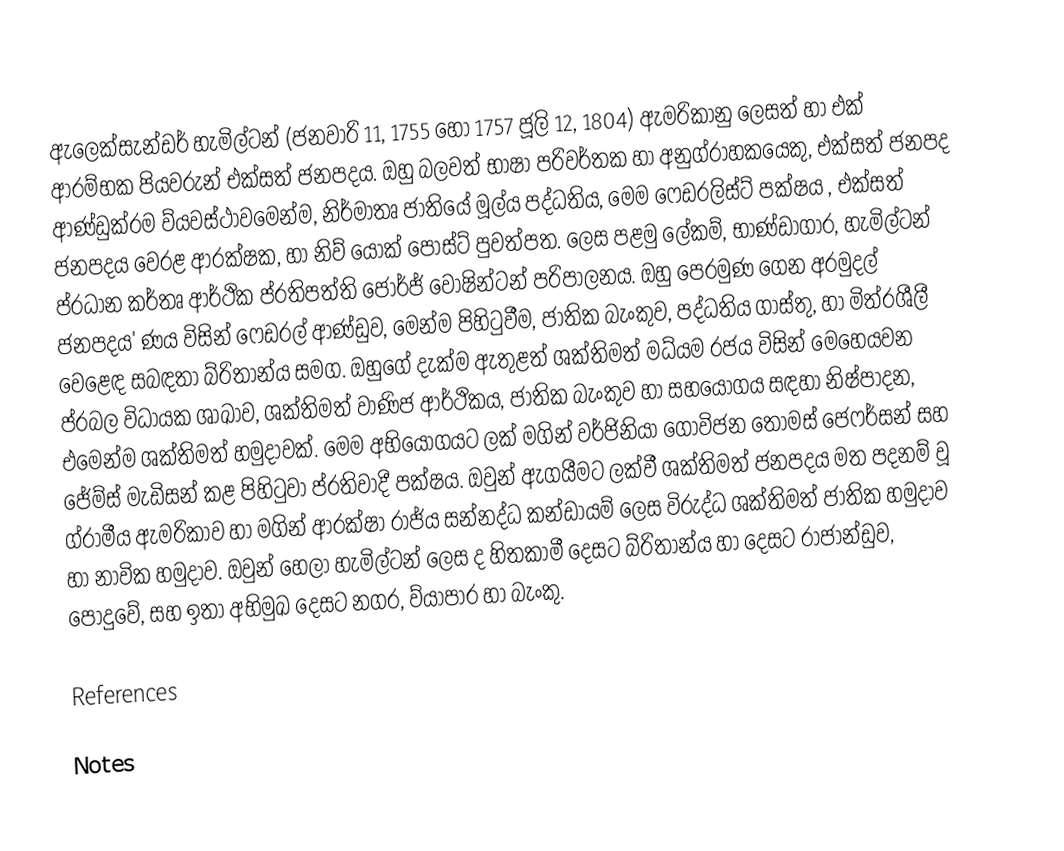
ඇලෙක්සැන්ඩර් හැමිල්ටන් (ජනවාරි 11, 1755 හෝ 1757 ජූලි 12, 1804) ඇමරිකානු ලෙසත් හා එක් ආරම්භක පියවරුන් එක්සත් ජනපදය. ඔහු බලවත් භාෂා පරිවර්තක හා අනුග්රාහකයෙකු, එක්සත් ජනපද ආණ්ඩුක්රම ව්යවස්ථාවමෙන්ම, නිර්මාතෘ ජාතියේ මූල්ය පද්ධතිය, මෙම ෆෙඩරලිස්ට් පක්ෂය , එක්සත් ජනපදය වෙරළ ආරක්ෂක, හා නිව් යෝක් පෝස්ට් පුවත්පත. ලෙස පළමු ලේකම්, භාණ්ඩාගාර, හැමිල්ටන් ප්රධාන කර්තෘ ආර්ථික ප්රතිපත්ති ජෝර්ජ් වොෂින්ටන් පරිපාලනය. ඔහු පෙරමුණ ගෙන අරමුදල් ජනපදය' ණය විසින් ෆෙඩරල් ආණ්ඩුව, මෙන්ම පිහිටුවීම, ජාතික බැංකුව, පද්ධතිය ගාස්තු, හා මිත්රශීලී වෙළෙඳ සබඳතා බ්රිතාන්ය සමග. ඔහුගේ දැක්ම ඇතුළත් ශක්තිමත් මධ්යම රජය විසින් මෙහෙයවන ප්රබල විධායක ශාඛාව, ශක්තිමත් වාණිජ ආර්ථිකය, ජාතික බැංකුව හා සහයෝගය සඳහා නිෂ්පාදන, එමෙන්ම ශක්තිමත් හමුදාවක්. මෙම අභියෝගයට ලක් මගින් වර්ජිනියා ගොවිජන  තෝමස් ජෙෆර්සන් සහ ජේම්ස් මැඩිසන් කළ පිහිටුවා ප්රතිවාදී පක්ෂය. ඔවුන් ඇගයීමට ලක්වී ශක්තිමත් ජනපදය මත පදනම් වූ ග්රාමීය ඇමරිකාව හා මගින් ආරක්ෂා රාජ්ය සන්නද්ධ කන්ඩායම් ලෙස විරුද්ධ ශක්තිමත් ජාතික හමුදාව හා නාවික හමුදාව. ඔවුන් හෙලා හැමිල්ටන් ලෙස ද හිතකාමී දෙසට බ්රිතාන්ය හා දෙසට රාජාන්ඩුව, පොදුවේ, සහ ඉතා අභිමුඛ දෙසට නගර, ව්යාපාර හා බැංකු.

References

Notes